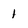
Character: 1